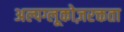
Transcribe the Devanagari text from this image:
अल्पग्लूकोज़रक्तता